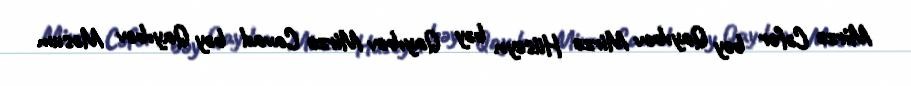
Mirzə Cəfər bəy Qayıbov Mirzə Hüseyn bəy Qayıbov Mirzə Cavad bəy Qayıbov Məsum